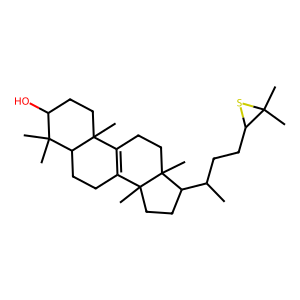
SMILES: CC(CCC1SC1(C)C)C1CCC2(C)C3=C(CCC12C)C1(C)CCC(O)C(C)(C)C1CC3
Inhibits HIV replication: No